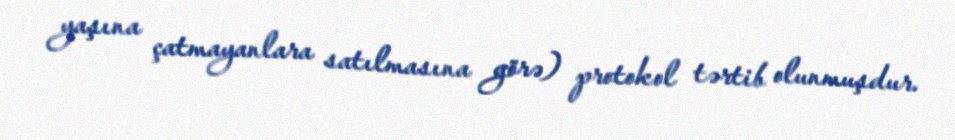
yaşına çatmayanlara satılmasına görə) protokol tərtib olunmuşdur.